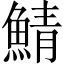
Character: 鯖